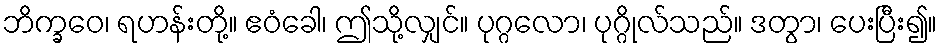
ဘိက္ခဝေ၊ ရဟန်းတို့။ ဧဝံခေါ၊ ဤသို့လျှင်။ ပုဂ္ဂလော၊ ပုဂ္ဂိုလ်သည်။ ဒတွာ၊ ပေးပြီး၍။